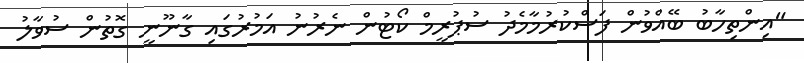
"އިންތިހާބު ބޭއްވުން ފަސްކުރުމާމެދު ސުޕުރީމް ކޯޓުން ނެރުނު އަމުރުގައި ގާނޫނީ ގޮތުން ސުވާލު